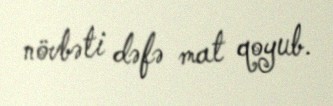
növbəti dəfə mat qoyub.